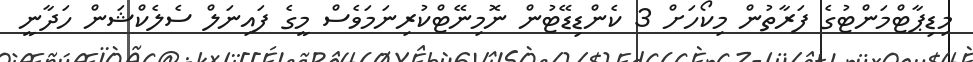
މިޑިޕާޓްމަންޓުގެ ފަރާތުން މިކޯހަށް 3 ކެންޑިޑޭޓުން ނޮމިނޭޓްކުރިނަމަވެސް މީގެ ފައިނަލް ސެލެކްޝަން ހަދާނީ